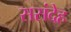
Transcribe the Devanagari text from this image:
ससंदेह